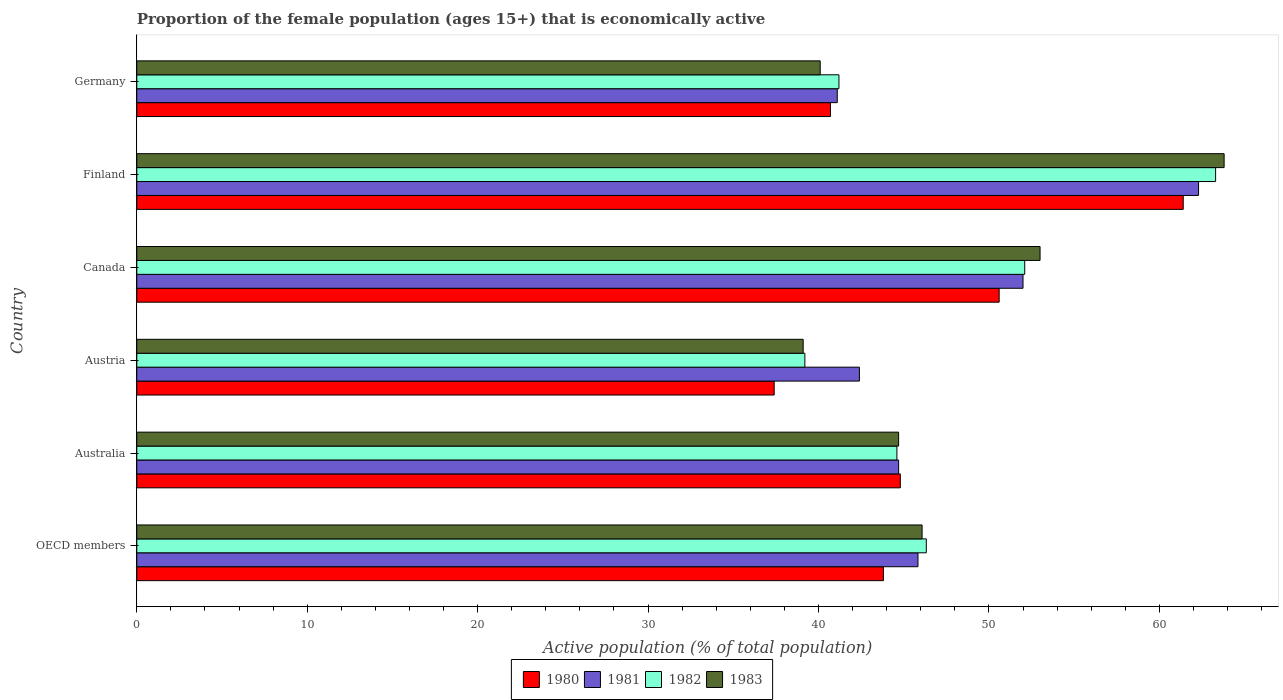
| Country | 1980 | 1981 | 1982 | 1983 |
 | --- | --- | --- | --- | --- |
 | OECD members | 43.8 | 45.8 | 46.3 | 46.1 |
 | Australia | 44.8 | 44.7 | 44.6 | 44.7 |
 | Austria | 37.4 | 42.4 | 39.2 | 39.1 |
 | Canada | 50.6 | 52 | 52.1 | 53 |
 | Finland | 61.4 | 62.3 | 63.3 | 63.8 |
 | Germany | 40.7 | 41.1 | 41.2 | 40.1 |